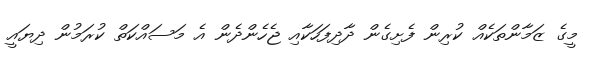
މީގެ ޒަމާންތަކެއް ކުރިން ފެށިގެން ދާދިފަހަކާއި ޖެހެންދެން އެ މަސައްކަތް ކުރަމުން ދިޔައީ